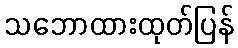
သဘောထားထုတ်ပြန်